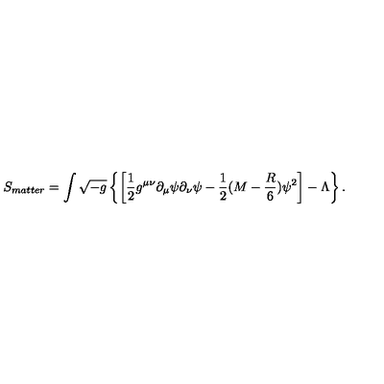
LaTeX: S _ { m a t t e r } = \int \sqrt { - g } \left\{ \left[ { \frac { 1 } { 2 } } g ^ { \mu \nu } \partial _ { \mu } \psi \partial _ { \nu } \psi - { \frac { 1 } { 2 } } ( M - { \frac { R } { 6 } } ) \psi ^ { 2 } \right] - \Lambda \right\} .